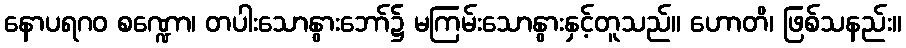
နောပရဂဝ စဏ္ဍော၊ တပါးသောနွားဘော်၌ မကြမ်းသောနွားနှင့်တူသည်။ ဟောတိ၊ ဖြစ်သနည်း။